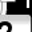
Digit: 7